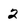
Character: 2